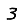
Digit: 3